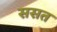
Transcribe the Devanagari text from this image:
ससत